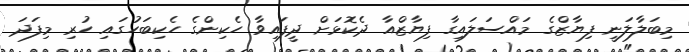
މިބަލާލަނީ ފިޔާޒްގެ މައްސަލައިގާ ފިޔާޒްއާ ދެކޮޅަށް ދީފައިވާ ހެކިންގެ ހެކިބަހުގައި ހުރި މިފަދަ